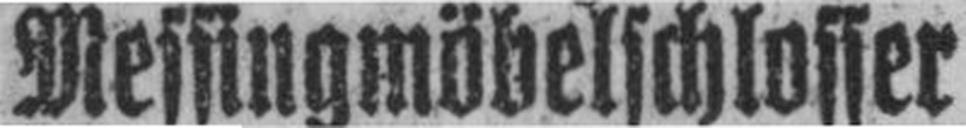
Messingmöbelschlosser